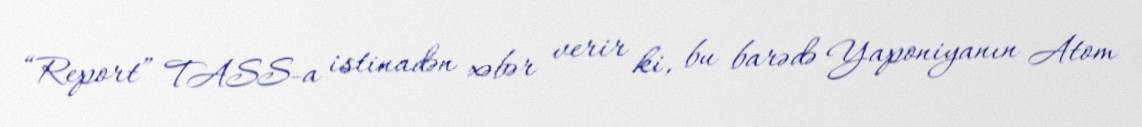
“Report” TASS-a istinadən xəbər verir ki, bu barədə Yaponiyanın Atom